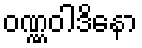
ဝဏ္ဏဝါဒိနော